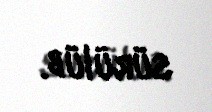
sürülüb.